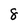
Character: 8